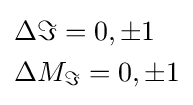
{\begin{aligned}&\Delta \Im =0,\pm 1\\&\Delta {{M}_{\Im }}=0,\pm 1\\\end{aligned}}